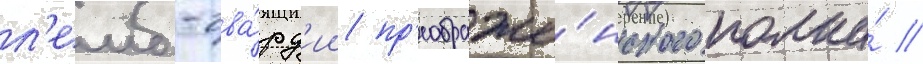
л'еиб-гва́рд'ии пр'еображе́нского полка́ /